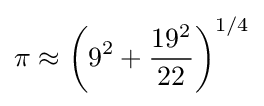
\pi \approx \left(9^{2}+{\frac {19^{2}}{22}}\right)^{1/4}